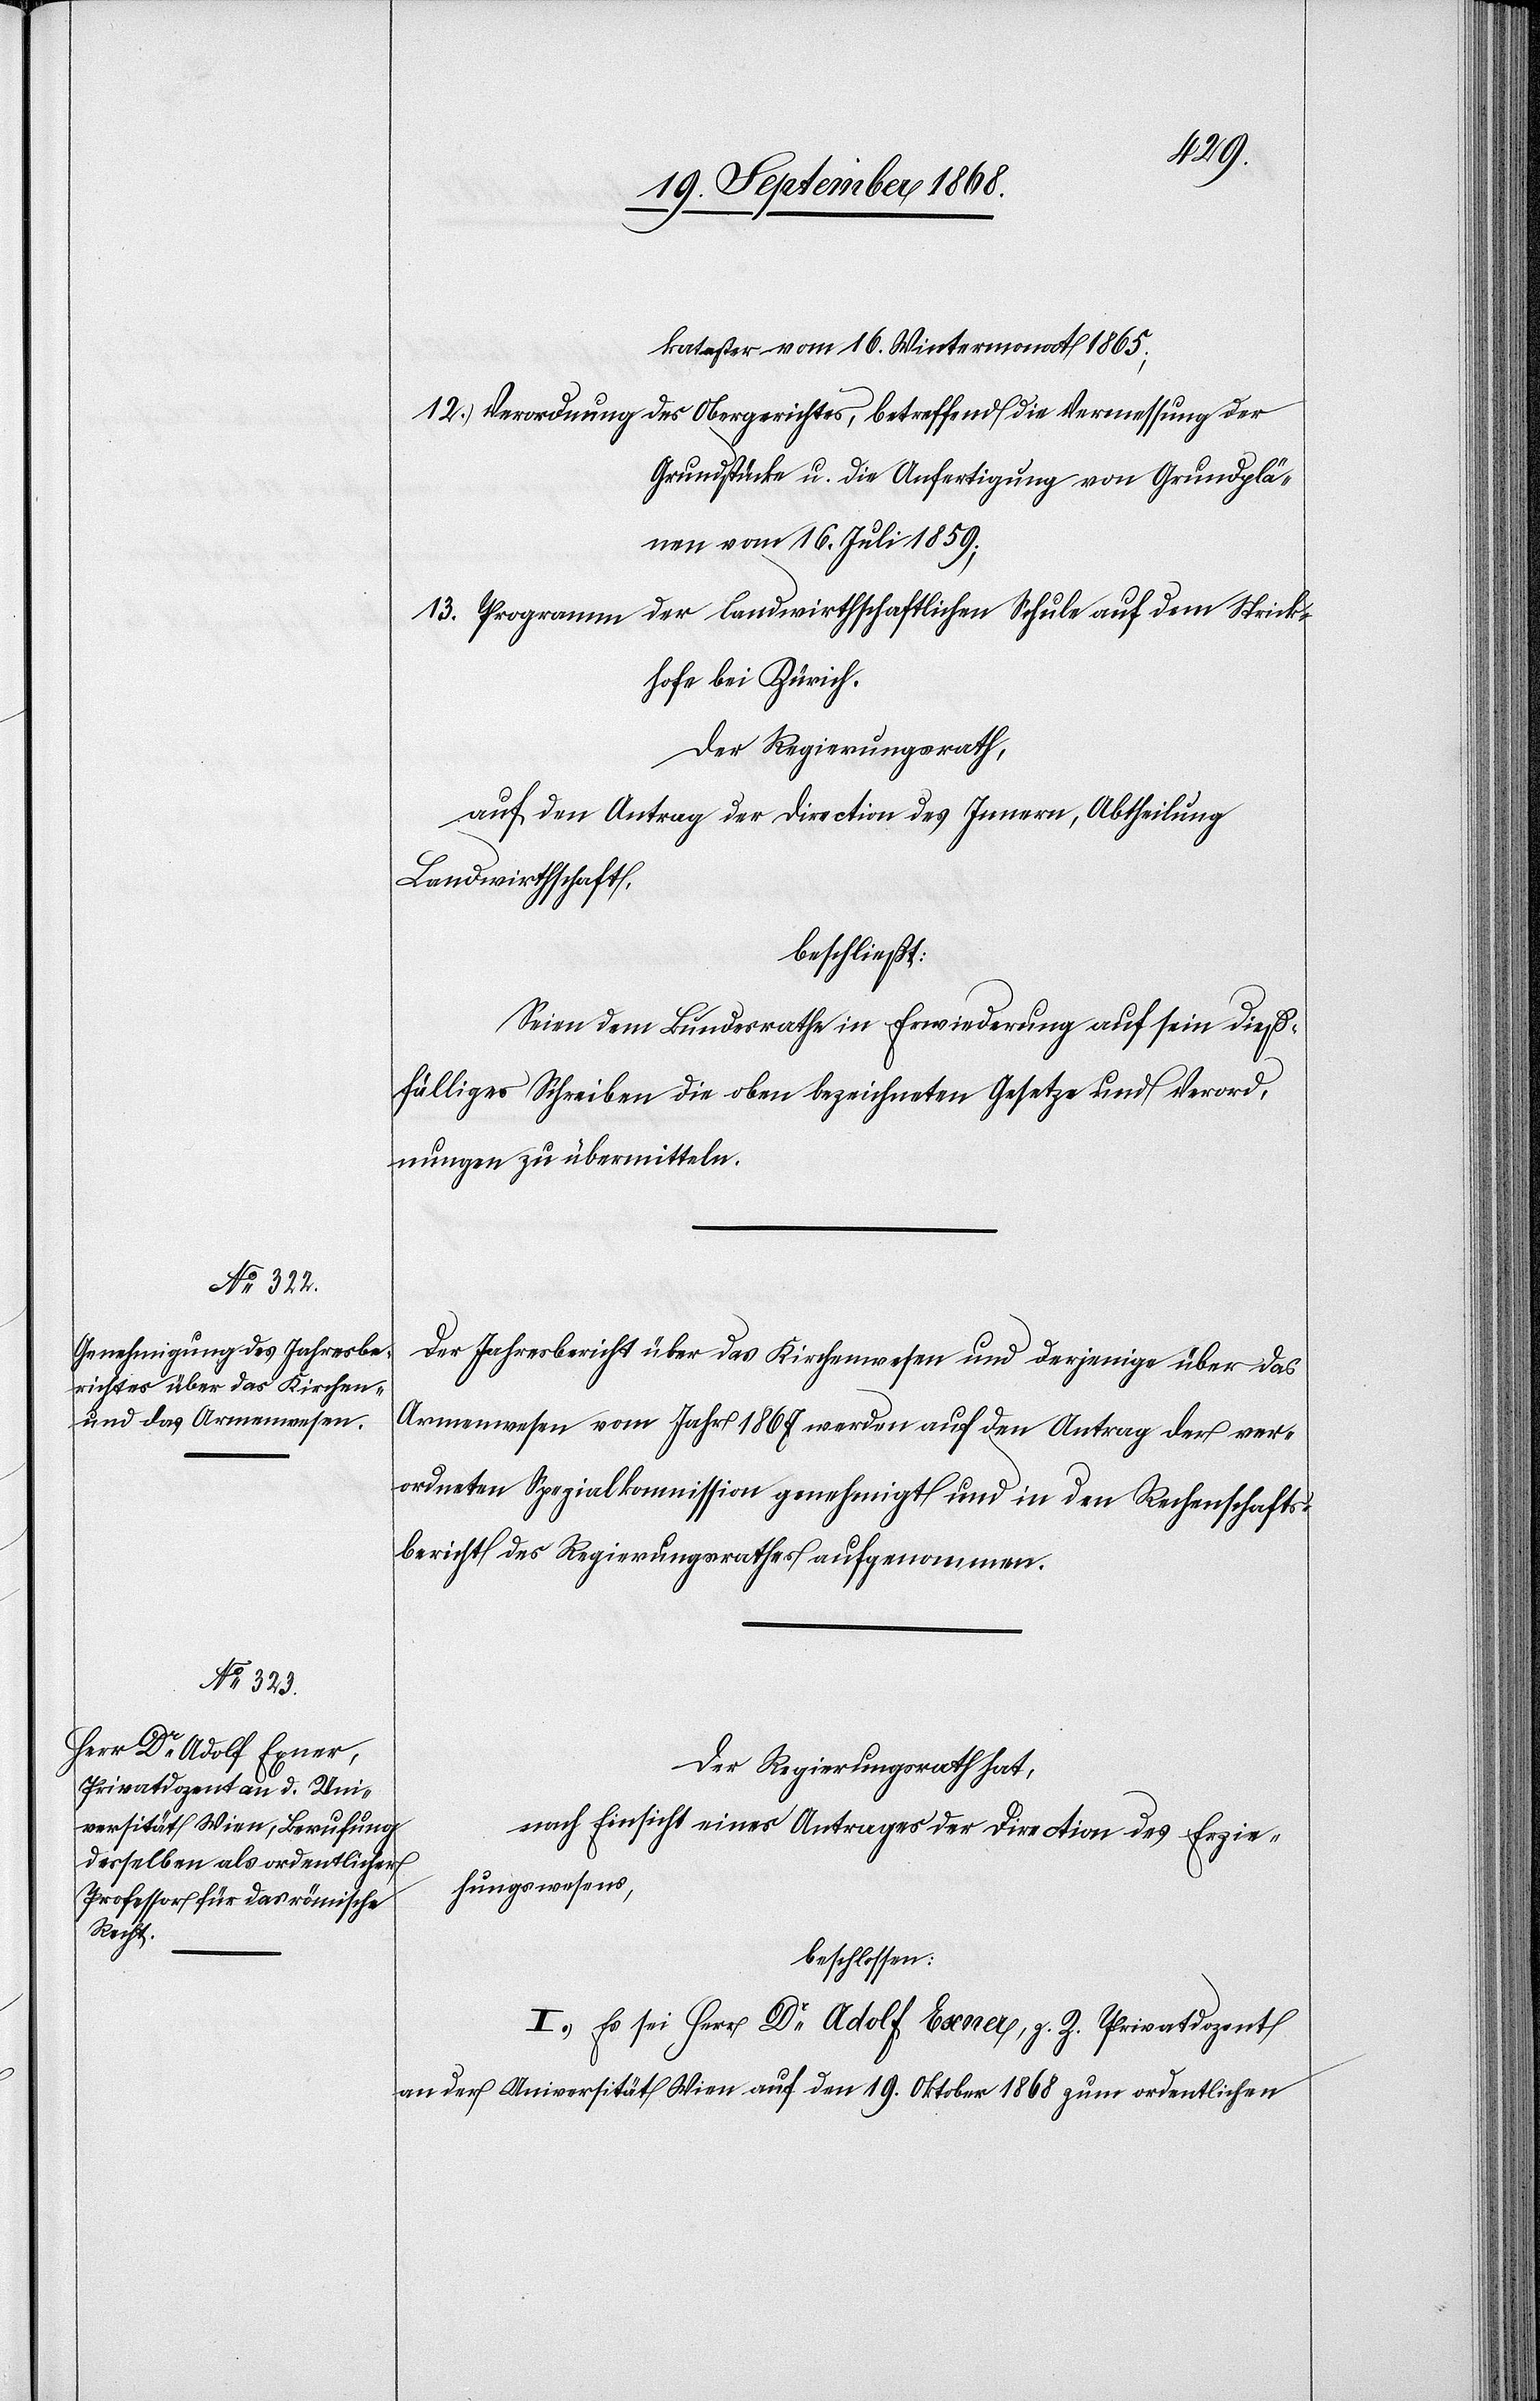
Grundplä¬

12.
kataster vom 16. Wintermonat 1865;
Verordnung des Obergerichtes, betreffend die Vermessung der
nen vom 16. Juli 1859;
Programm der landwirthschaftlichen Schule auf dem Strick¬
hofe bei Zürich.
Der Regierungsrath,
auf den Antrag der Direction des Innern, Abtheilung
Landwirthschaft,
beschließt:
Seien dem Bundesrathe in Erwiederung auf sein dieß¬
fälliges Schreiben die oben bezeichneten Gesetze und Verord¬
nungen zu übermitteln.
Der Jahresbericht über das Kirchenwesen und derjenige über das
Armenwesen vom Jahr 1867 werden auf den Antrag der ver¬
ordneten Spezialkommission genehmigt und in den Rechenschafts¬
bericht des Regierungsrathes aufgenommen.
Der Regierungsrath hat,
nach Einsicht eines Antrages der Direction des Erzie¬
hungswesens,
beschlossen:
I.) Es sei Herr Dr Adolf Exner, z. Z. Privatdozent
an der Universität Wien auf den 19. Oktober 1868 zum ordentlichen